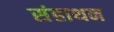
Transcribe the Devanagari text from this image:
संहाथन